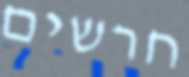
חרשים